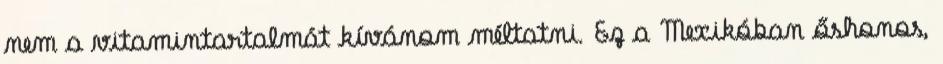
nem a vitamintartalmát kívánom méltatni. Ez a Mexikóban őshonos,